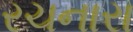
રચનારા